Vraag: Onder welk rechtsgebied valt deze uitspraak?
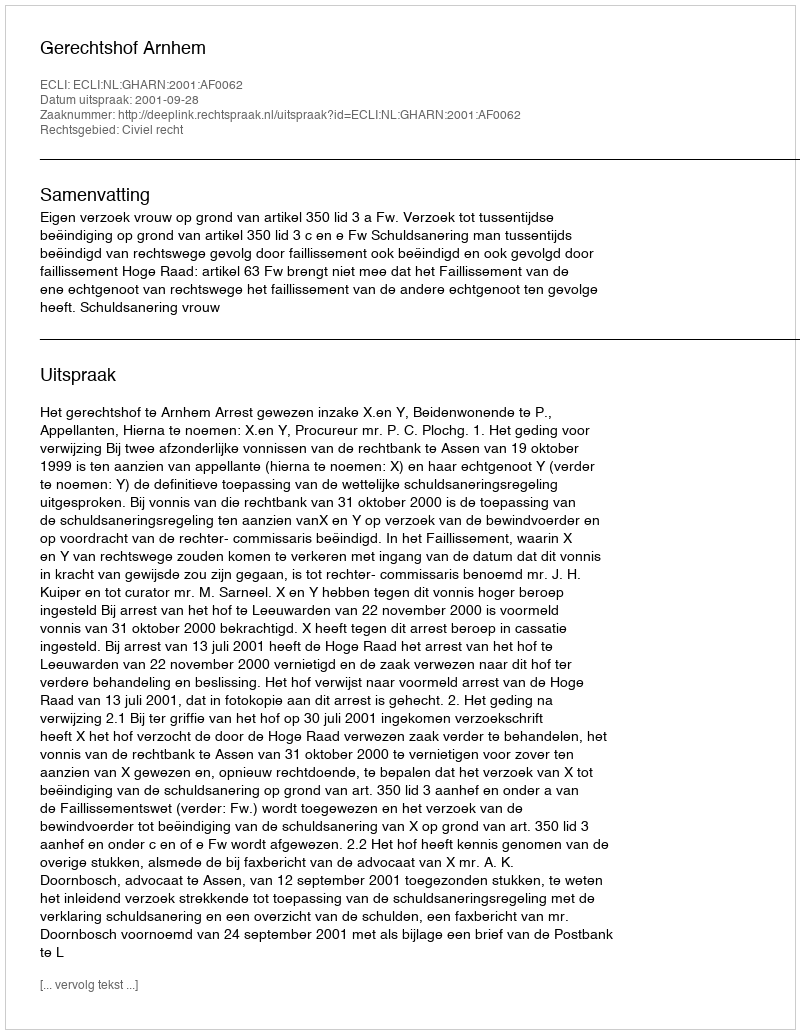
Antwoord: Civiel recht